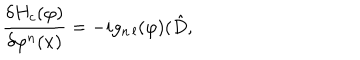
\frac { \delta H _ { c } ( \varphi ) } { \delta \varphi ^ { n } ( x ) } = - i g _ { n \, l } ( \varphi ) ( \hat { D } ,